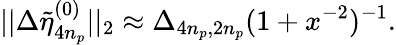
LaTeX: ||\Delta\tilde{\eta}_{4n_{p}}^{(0)}||_{2}\approx\Delta_{4n_{p},2n_{p}}(1+x^{-2})^{-1}.